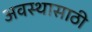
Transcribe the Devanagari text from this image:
अवस्थासाठी